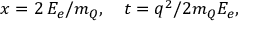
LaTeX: x = 2 \, E _ { e } / m _ { Q } , \quad t = q ^ { 2 } / 2 m _ { Q } E _ { e } ,